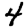
Digit: 4